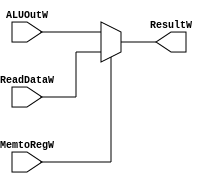
`timescale 1ns / 1ps
//////////////////////////////////////////////////////////////////////////////////
// Company: 
// Engineer: 
// 
// Design Name: 
// Module Name:    MemtoRegW_MUX 
// Project Name: 
// Target Devices: 
// Tool versions: 
// Description: 
//
// Dependencies: 
//
// Revision: 
// Revision 0.01 - File Created
// Additional Comments: 
//
//////////////////////////////////////////////////////////////////////////////////
module MemtoRegW_MUX(
   input MemtoRegW,
	input [31:0]ReadDataW,
	input [31:0]ALUOutW,
	output [31:0]ResultW
    );
 assign ResultW = (~MemtoRegW)?ALUOutW:ReadDataW;

endmodule